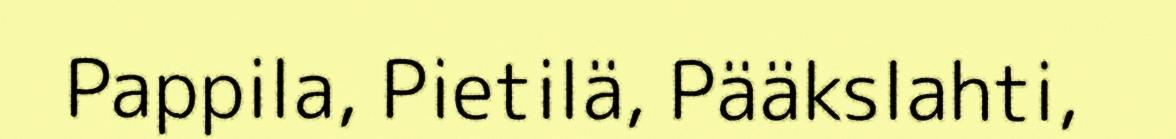
Pappila, Pietilä, Pääkslahti,